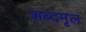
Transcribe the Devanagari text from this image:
शब्दमृल